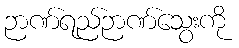
ဉာဏ်ရည်ဉာဏ်သွေးကို